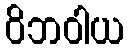
ဝိဘဝါယ